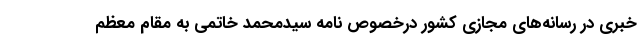
خبری در رسانه‌های مجازی کشور درخصوص نامه‌ٔ سیدمحمد خاتمی به مقام معظم